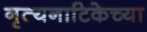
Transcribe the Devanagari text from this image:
नृत्यनाटिकेच्या